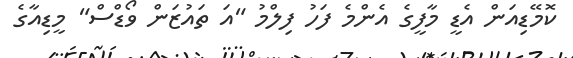
ކޮމޭޑިއަން އެޑީ މާފީގެ އެންމެ ފަހު ފިލްމު "އަ ތައުޒަން ވޯޑްސް" މީޑިއާގެ